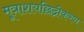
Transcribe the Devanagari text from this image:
मूत्राशयछिद्रीकरण